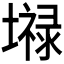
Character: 𪤤